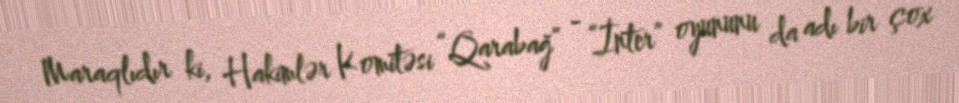
Maraqlıdır ki, Hakimlər Komitəsi “Qarabağ” - “İnter” oyununu da adı bir çox